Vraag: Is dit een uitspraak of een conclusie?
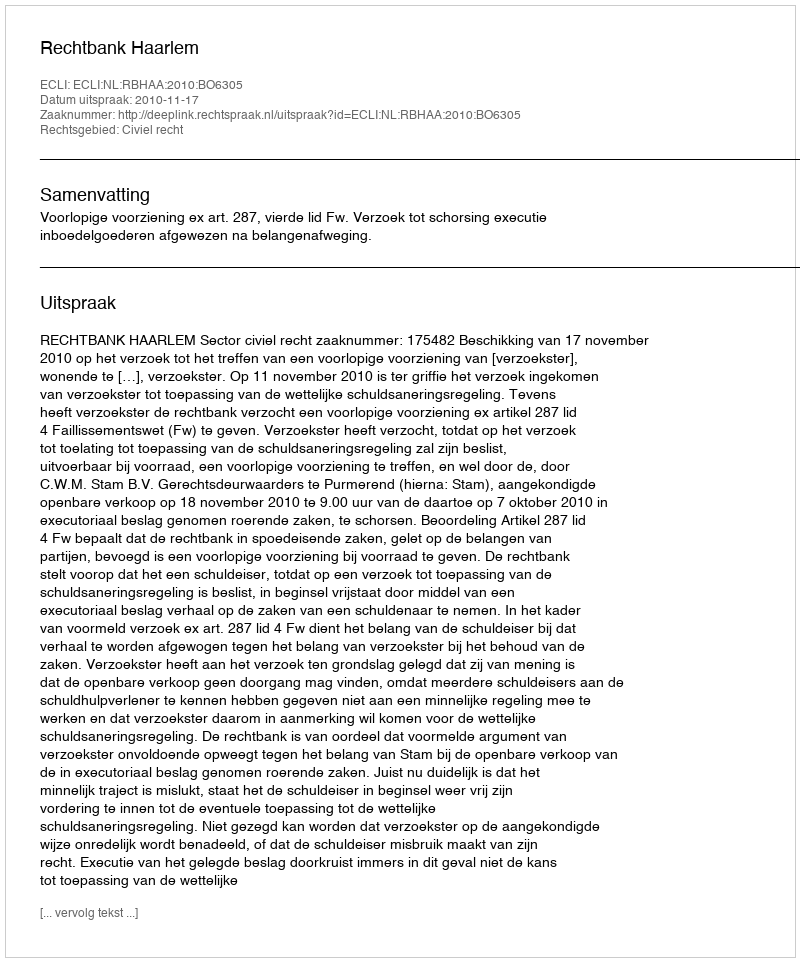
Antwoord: Uitspraak